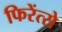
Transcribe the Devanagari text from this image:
फिरेंत्से